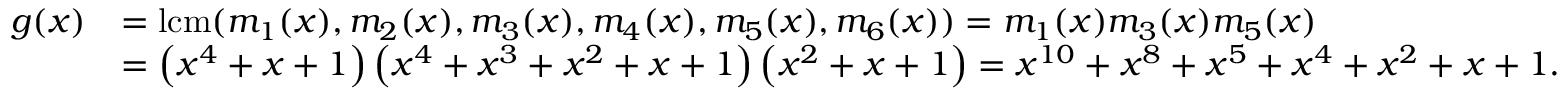
{ \begin{array} { r l } { g ( x ) } & { = \mathrm { { l c m } } ( m _ { 1 } ( x ) , m _ { 2 } ( x ) , m _ { 3 } ( x ) , m _ { 4 } ( x ) , m _ { 5 } ( x ) , m _ { 6 } ( x ) ) = m _ { 1 } ( x ) m _ { 3 } ( x ) m _ { 5 } ( x ) } \\ & { = \left( x ^ { 4 } + x + 1 \right) \left( x ^ { 4 } + x ^ { 3 } + x ^ { 2 } + x + 1 \right) \left( x ^ { 2 } + x + 1 \right) = x ^ { 1 0 } + x ^ { 8 } + x ^ { 5 } + x ^ { 4 } + x ^ { 2 } + x + 1 . } \end{array} }